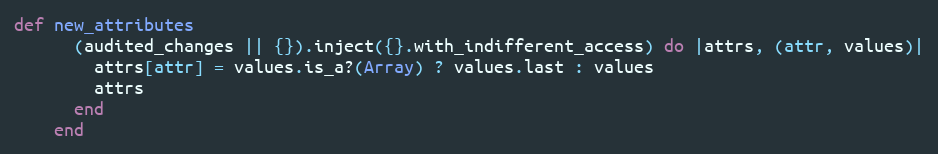
Language: Ruby
def new_attributes
      (audited_changes || {}).inject({}.with_indifferent_access) do |attrs, (attr, values)|
        attrs[attr] = values.is_a?(Array) ? values.last : values
        attrs
      end
    end